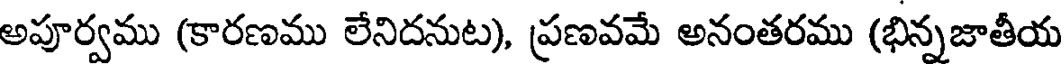
అపూర్వము (కారణము లేనిదనుట), ప్రణవమే అనంతరము (భిన్నజాతీయ